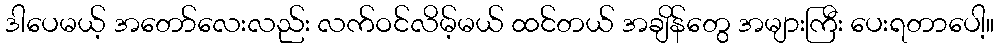
ဒါပေမယ့် အတော်လေးလည်း လက်ဝင်လိမ့်မယ် ထင်တယ် အချိန်တွေ အများကြီး ပေးရတာပေါ့။